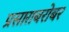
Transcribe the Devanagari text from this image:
प्रसाराबरोबर